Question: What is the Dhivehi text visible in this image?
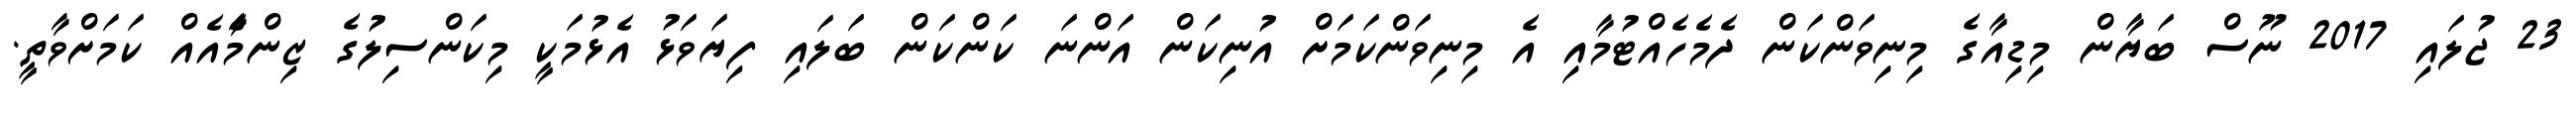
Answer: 23 ޖުލައި 2017 ނޫސް ބަޔާން މިޑިއާގެ މިނިވަންކަން ދެމެހެއްޓުމާއި އެ މިނިވަންކަމަށް އުނިކަން އަންނަ ކަންކަން ބަލައި ފިޔަވަޅު އެޅުމަކީ މިކަންސިލުގެ ޒިންމާެއެއް ކަމަށްވާތީ.